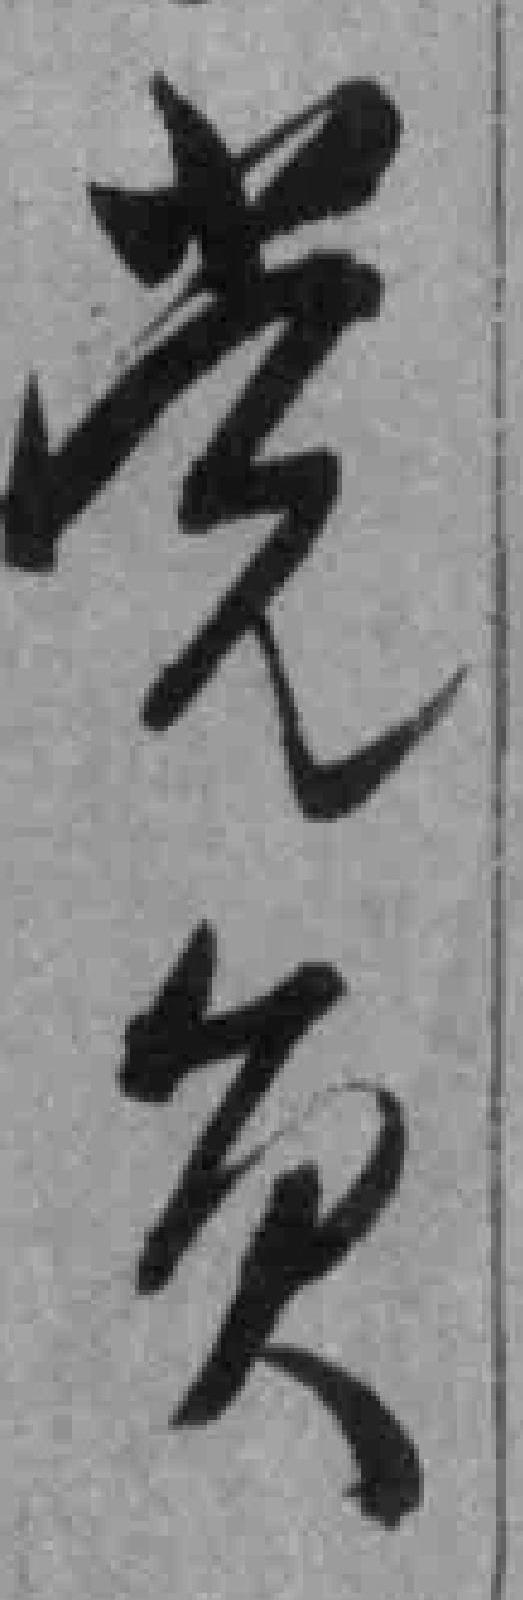
党员